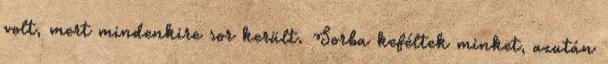
volt, mert mindenkire sor került. Sorba keféltek minket, azután